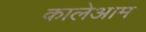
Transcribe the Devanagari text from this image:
कालेआम